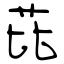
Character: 芘